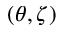
( \theta , \zeta )